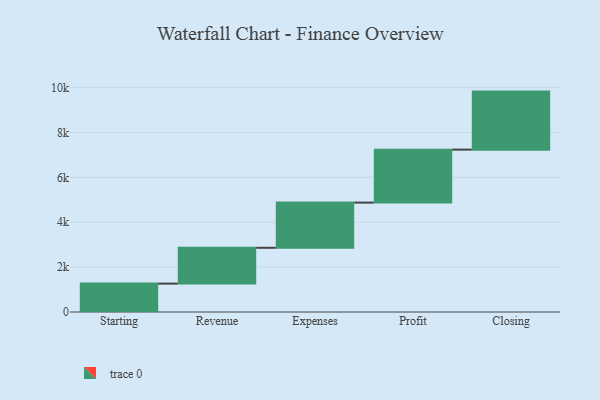
{"axis": {"x": "Step", "y": "Value"}, "legend": [""], "data": [{"x": "Starting", "y": 1265.0, "type": ""}, {"x": "Revenue", "y": 1596.0, "type": ""}, {"x": "Expenses", "y": 2014.0, "type": ""}, {"x": "Profit", "y": 2360.0, "type": ""}, {"x": "Closing", "y": 2586.0, "type": ""}]}